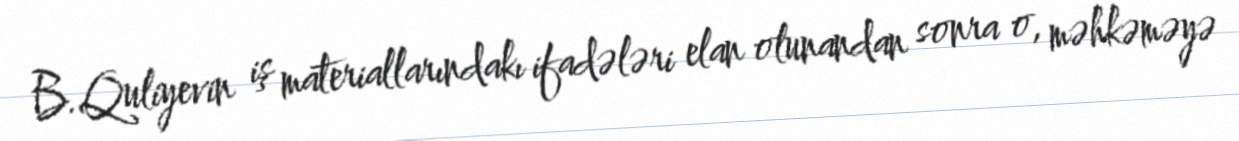
B.Quliyevin iş materiallarındakı ifadələri elan olunandan sonra o, məhkəməyə